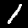
Label: 1